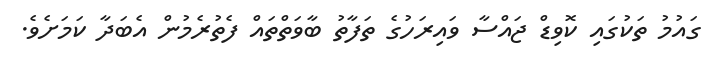
ގައުމު ތަކުގައި ކޮވިޑް ޖައްސާ ވައިރަހުގެ ތަފާތު ބާވަތްތައް ފެތުރެމުން އެބަދާ ކަމަށެވެ.